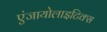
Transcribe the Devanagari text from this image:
एंजायोलाइटिक्स